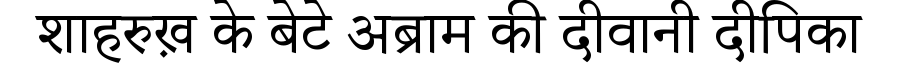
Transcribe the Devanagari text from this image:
शाहरुख़ के बेटे अब्राम की दीवानी दीपिका